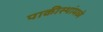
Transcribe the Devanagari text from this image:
पाकीस्थांमध्ये